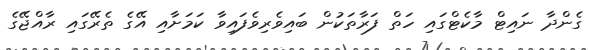
ގެންދާ ނައިޓް މާކެޓްގައި ހަތް ފަރާތަކުން ބައިވެރިވެފައިވާ ކަމަށާއި އޭގެ ތެރޭގައި ރާއްޖޭގެ